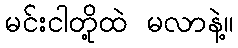
မင်းငါတို့ထဲ မလာနဲ့။